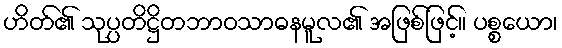
ဟိတ်၏ သုပ္ပတိဋ္ဌိတဘာဝသာဓနမူလ၏ အဖြစ်ဖြင့်။ ပစ္စယော၊